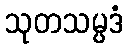
သုတသမ္ပဒံ